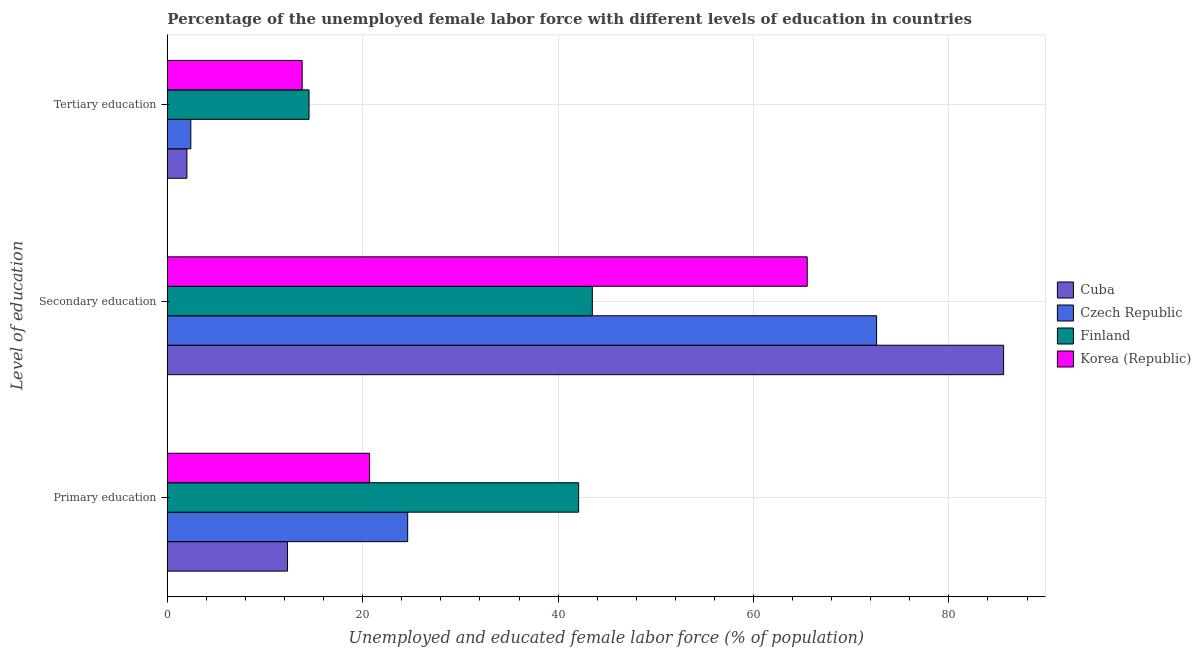
| Level of education | Cuba | Czech Republic | Finland | Korea (Republic) |
 | --- | --- | --- | --- | --- |
 | Primary education | 12.3 | 24.6 | 42.1 | 20.7 |
 | Secondary education | 85.6 | 72.6 | 43.5 | 65.5 |
 | Tertiary education | 2 | 2.4 | 14.5 | 13.8 |